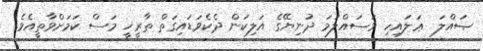
ޞައްލަ  ޢަލައިހި ވަސައްލަމަ ދުނިޔޭގެ އަލިކަން ދެކެވަޑައިގަތް ތާރީޚީ މަސް ކަމަށްވާތީއެވެ.